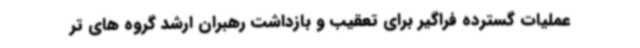
عملیات گسترده فراگیر برای تعقیب و بازداشت رهبران ارشد گروه های تر